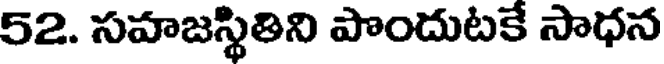
52. సహజస్థితిని పొందుటకే సాధన